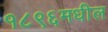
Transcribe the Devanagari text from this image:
१८९६मधील